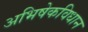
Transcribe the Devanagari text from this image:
अभिषेकविधान